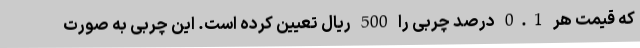
که قیمت هر 0.1 درصد چربی را 500 ریال تعیین کرده است. این چربی به صورت